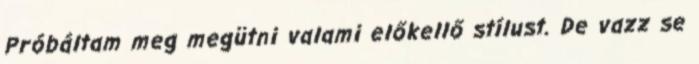
Próbáltam meg megütni valami előkellő stílust. De vazz se